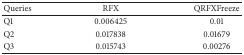
<table><thead><tr><td><b>Queries</b></td><td><b>RFX</b></td><td><b>QRFXFreeze</b></td></tr></thead><tbody><tr><td>Q1</td><td>0.006425</td><td>0.01</td></tr><tr><td>Q2</td><td>0.017838</td><td>0.01679</td></tr><tr><td>Q3</td><td>0.015743</td><td>0.00276</td></tr></tbody></table>